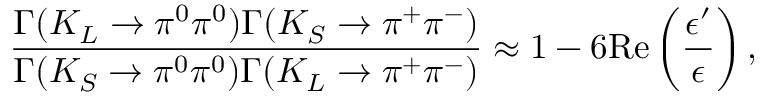
\frac { \Gamma ( K _ { L } \to \pi ^ { 0 } \pi ^ { 0 } ) \Gamma ( K _ { S } \to \pi ^ { + } \pi ^ { - } ) } { \Gamma ( K _ { S } \to \pi ^ { 0 } \pi ^ { 0 } ) \Gamma ( K _ { L } \to \pi ^ { + } \pi ^ { - } ) } \approx 1 - 6 \mathrm { R e } \left( \frac { \epsilon ^ { \prime } } { \epsilon } \right) ,